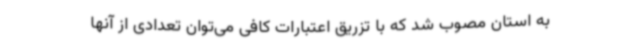
به استان مصوب شد که با تزریق اعتبارات کافی می‌توان تعدادی از آنها